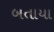
બતાયા